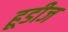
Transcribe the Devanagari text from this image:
हूडीज